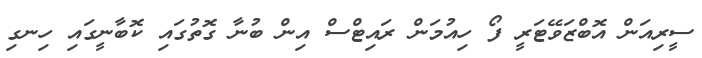
ސީރިއަން އޮބްޒަވޭޓަރީ ފޯ ހިއުމަން ރައިޓްސް އިން ބުނާ ގޮތުގައި ކޮބާނީގައި ހިނގި